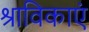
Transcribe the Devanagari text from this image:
श्राविकाएं